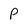
Character: P